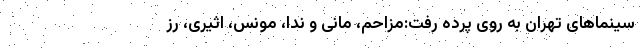
سینماهای تهران به روی پرده رفت:مزاحم، مانی و ندا، مونس، اثیری، رز